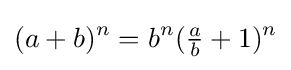
(a+b)^{n}=b^{n}({\tfrac {a}{b}}+1)^{n}